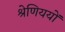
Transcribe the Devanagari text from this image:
श्रेणिययों